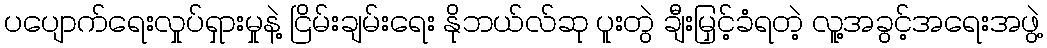
ပပျောက်ရေးလှုပ်ရှားမှုနဲ့ ငြိမ်းချမ်းရေး နိုဘယ်လ်ဆု ပူးတွဲ ချီးမြှင့်ခံရတဲ့ လူ့အခွင့်အရေးအဖွဲ့